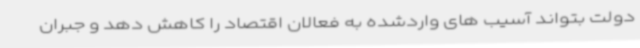
دولت بتواند آسیب های واردشده به فعالان اقتصاد را کاهش دهد و جبران